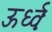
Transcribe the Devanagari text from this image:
ऊर्ध्वः